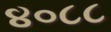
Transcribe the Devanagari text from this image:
४०८८